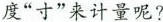
度“寸”来计量呢？